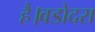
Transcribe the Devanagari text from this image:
है।वडोदरा